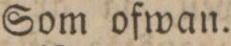
Som ofwan.